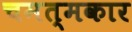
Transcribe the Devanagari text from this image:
चमत्मकार